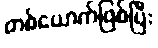
တစ်ယောက်ဖြစ်ပြီး